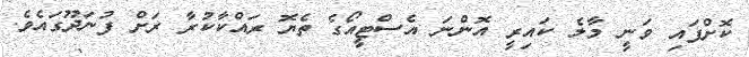
ކޮށްފައި ވަނީ މާލެ ކައިރީ އޮންނަ އެސްޓީއޯގެ ތެޔޮ ރައްކާކުރާ ރަށް ފުނަދޫގައެވެ.